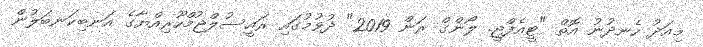
މިއަދު ހެނދުނު އޮތް "ޓީއެފްޖީ. ލޯންގް ރަން 2019" ދުވުމުގައި ރައީސުލްޖުމްހޫރިއްޔާގެ އަނބިކަނބަލުން